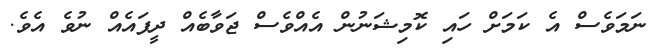
ނަމަވެސް އެ ކަމަށް ހައި ކޮމިޝަނުން އެއްވެސް ޖަވާބެއް ދީފައެއް ނުވެ އެވެ.